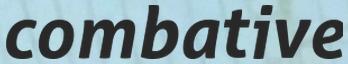
combative